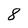
Character: 8